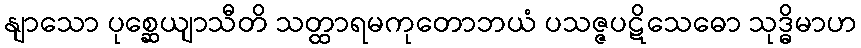
နျာသော ပုစ္ဆေယျာသီတိ သတ္ထာရမကုတောဘယံ ပသဇ္ဇပဋိသေဓော သုဒ္ဓိမာဟ